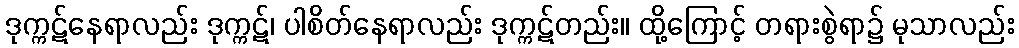
ဒုက္ကဋ်နေရာလည်း ဒုက္ကဋ်၊ ပါစိတ်နေရာလည်း ဒုက္ကဋ်တည်း။ ထို့ကြောင့် တရားစွဲရာ၌ မုသာလည်း